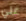
علي